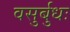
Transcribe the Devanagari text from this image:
वसुर्बुधः